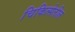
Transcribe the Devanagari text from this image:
चिकित्सेतील